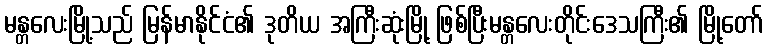
မန္တလေးမြို့သည် မြန်မာနိုင်ငံ၏ ဒုတိယ အကြီးဆုံးမြို့ ဖြစ်ပြီးမန္တလေးတိုင်းဒေသကြီး၏ မြို့တော်